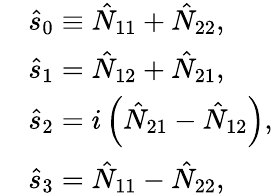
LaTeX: \begin{array}{rl}&{\hat{s}_{0}\equiv\hat{N}_{11}+\hat{N}_{22},}\\ &{\hat{s}_{1}=\hat{N}_{12}+\hat{N}_{21},}\\ &{\hat{s}_{2}=i\left(\hat{N}_{21}-\hat{N}_{12}\right),}\\ &{\hat{s}_{3}=\hat{N}_{11}-\hat{N}_{22},}\end{array}